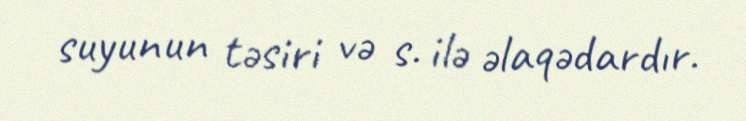
suyunun təsiri və s. ilə əlaqədardır.